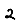
Digit: 2